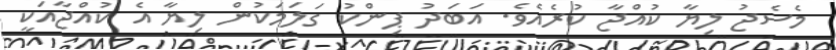
މެސެޖު ލިޔާ ކުއްޖާ ކުރެއެވެ. އަބަދު ޕިންކު ގަލަމަކުން ލިޔާ އެ ކުއްޖާއަކީ